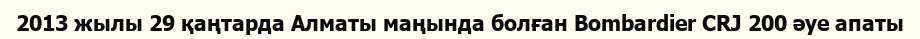
2013 жылы 29 қаңтарда Алматы маңында болған Bombardier CRJ 200 әуе апаты